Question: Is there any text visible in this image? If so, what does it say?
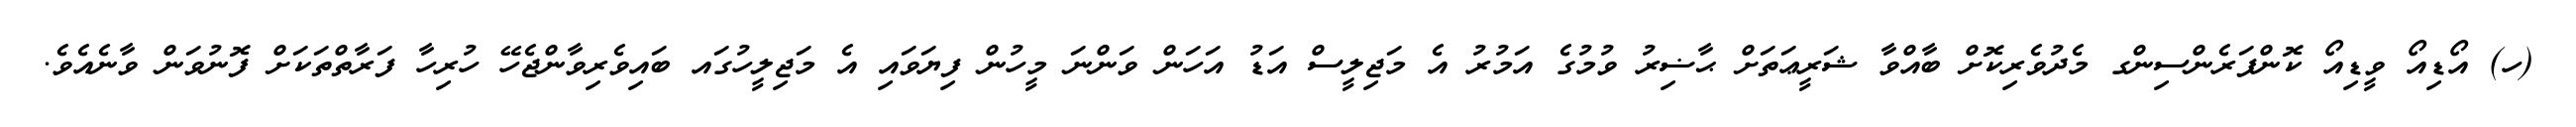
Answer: (ހ) އޯޑިއޯ ވީޑިއޯ ކޮންފަރެންސިންގ މެދުވެރިކޮށް ބާއްވާ ޝަރީޢަތަށް ޙާޟިރު ވުމުގެ އަމުރު އެ މަޖިލީސް އަޑު އަހަން ވަންނަ މީހުން ފިޔަވައި އެ މަޖިލީހުގައ ބައިވެރިވާންޖެހޭ ހުރިހާ ފަރާތްތަކަށް ފޮނުވަން ވާނެއެވެ.